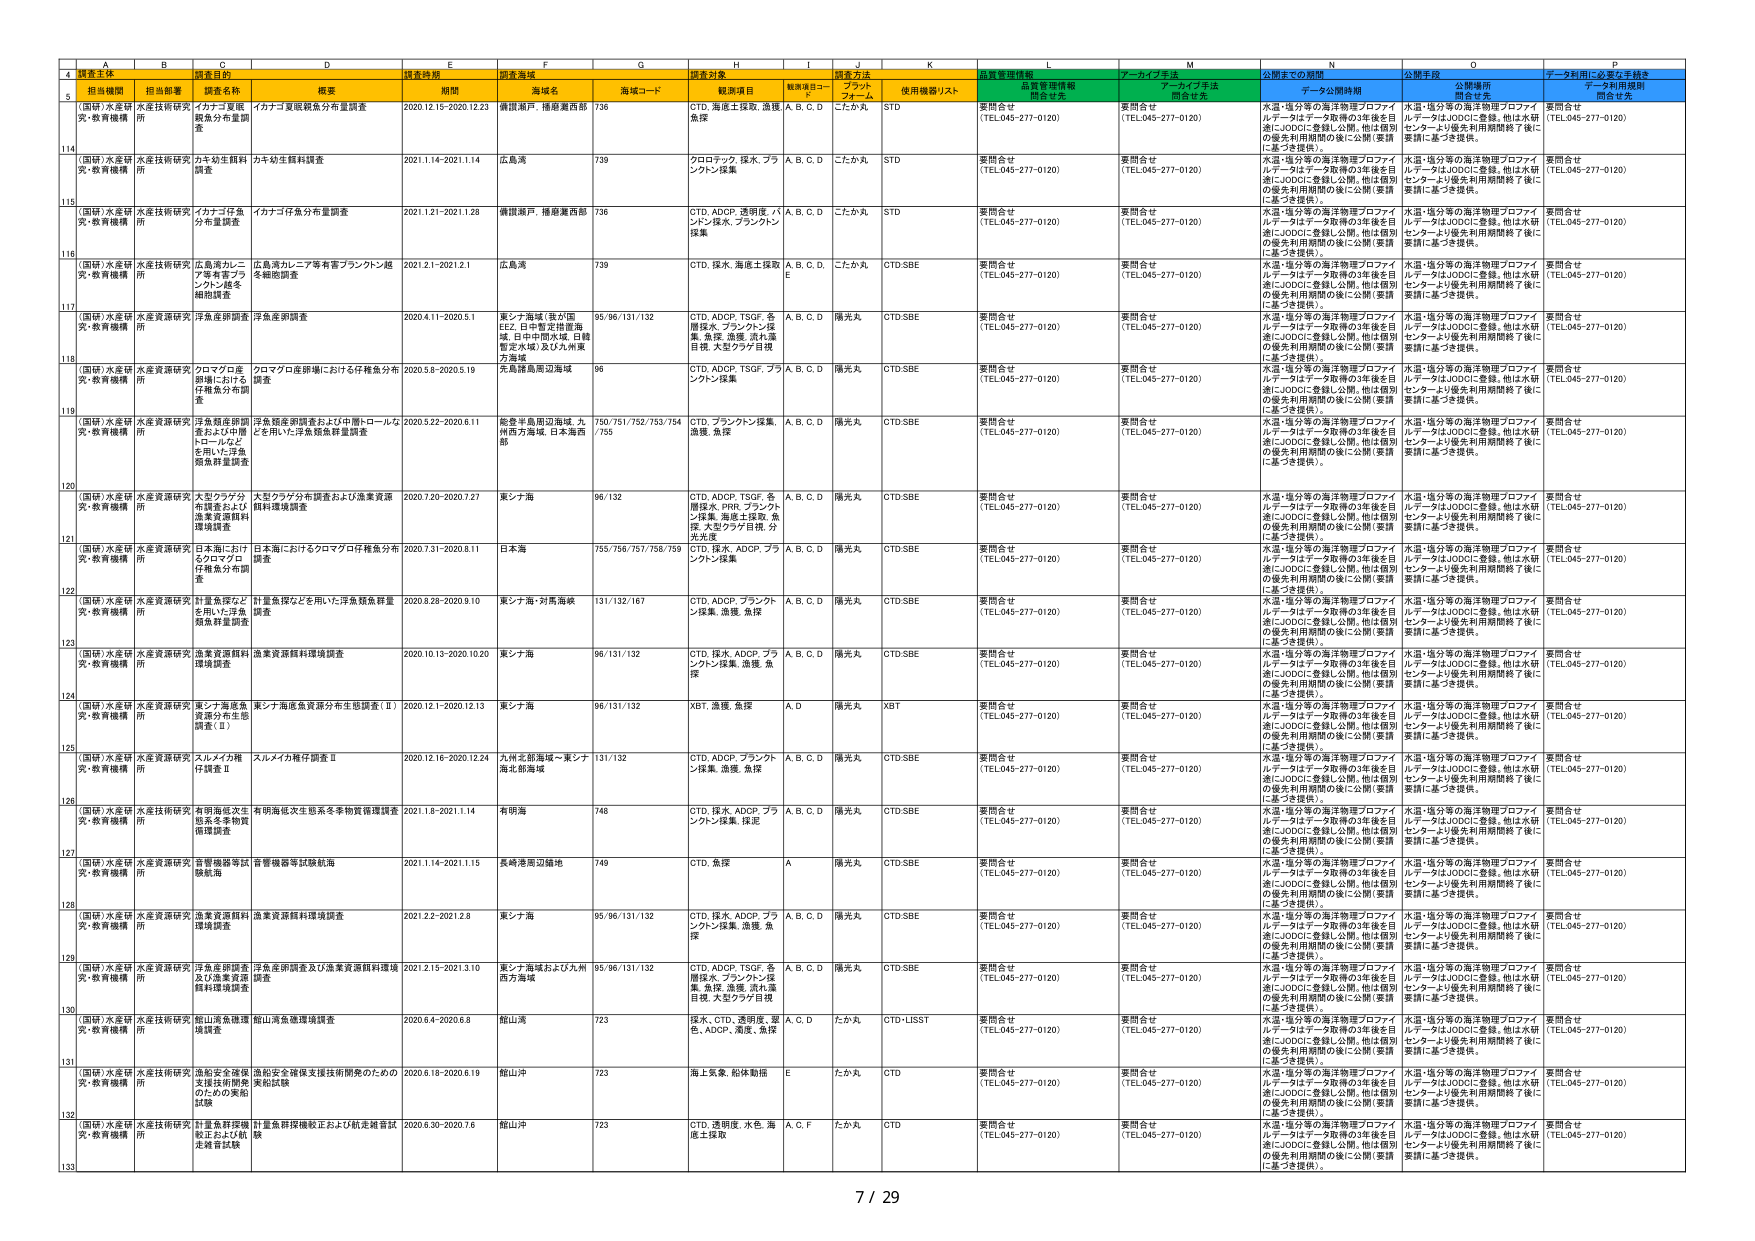
4 調査主体 調査主体 調査期間 調査海域 調査対象 調査方法 情報管理機関 アーカイブ手法 公開までの期間 公開手段 データ利用に必要な手続き
5 担当機関 担当部署 調査名称 概要 期間 海域名 海域コード 観測項目 観測項目コード プラットフォーム 使用機器/リスト 品質管理情報開示有無 アーカイブ手法開示有無 データ公開時期 公開場所開示有無 データ利用規程開示有無
114 （国研）水産研 究・教育機構 水産技術研究 所 イカナゴ資源 調査分布量調 査 イカナゴ資源調査分布量調査 2020.12.15-2020.12.23 沖縄瀬戸、種子島西部 736 CTD、海流土壌探、漁獲魚探 A、B、C、D こたか丸 STD 要問合せ （TEL.045-277-0120） 要問合せ （TEL.045-277-0120） 水温・塩分等の海洋物理プロファイ ルデータはデータ取得の3年後を目 指しJODCに登録し公開。他は個別 の優先利用期間の後に公開（要請 に基づき提供）。 水温・塩分等の海洋物理プロファイ ルデータはJODCに登録。他は水研 センターより優先利用期間終了後に 要請に基づき提供。 要問合せ （TEL.045-277-0120）
115 （国研）水産研 究・教育機構 水産技術研究 所 カナガワ生餌料 調査 カナガワ生餌料調査 2021.1.14-2021.1.14 広島湾 739 クロロマック、採木、プランクトン採集 A、B、C、D こたか丸 STD 要問合せ （TEL.045-277-0120） 要問合せ （TEL.045-277-0120） 水温・塩分等の海洋物理プロファイ ルデータはデータ取得の3年後を目 指しJODCに登録し公開。他は個別 の優先利用期間の後に公開（要請 に基づき提供）。 水温・塩分等の海洋物理プロファイ ルデータはJODCに登録。他は水研 センターより優先利用期間終了後に 要請に基づき提供。 要問合せ （TEL.045-277-0120）
116 （国研）水産研 究・教育機構 水産技術研究 所 イカナゴ仔魚 分布量調査 イカナゴ仔魚分布量調査 2021.1.21-2021.1.28 沖縄瀬戸、種子島西部 736 CTD、ADCP、透明度、バ ンク、採木、プランクトン 採集 A、B、C、D こたか丸 STD 要問合せ （TEL.045-277-0120） 要問合せ （TEL.045-277-0120） 水温・塩分等の海洋物理プロファイ ルデータはデータ取得の3年後を目 指しJODCに登録し公開。他は個別 の優先利用期間の後に公開（要請 に基づき提供）。 水温・塩分等の海洋物理プロファイ ルデータはJODCに登録。他は水研 センターより優先利用期間終了後に 要請に基づき提供。 要問合せ （TEL.045-277-0120）
117 （国研）水産研 究・教育機構 水産技術研究 所 広島湾カレニ ア等有害プラ ンクトン越冬 相関調査 広島湾カレニア等有害プランクトン越 冬相関調査 2021.2.1-2021.2.1 広島湾 739 CTD、採木、海流土壌探 A、B、C、D、E こたか丸 CTD-SBE 要問合せ （TEL.045-277-0120） 要問合せ （TEL.045-277-0120） 水温・塩分等の海洋物理プロファイ ルデータはデータ取得の3年後を目 指しJODCに登録し公開。他は個別 の優先利用期間の後に公開（要請 に基づき提供）。 水温・塩分等の海洋物理プロファイ ルデータはJODCに登録。他は水研 センターより優先利用期間終了後に 要請に基づき提供。 要問合せ （TEL.045-277-0120）
118 （国研）水産研 究・教育機構 水産技術研究 所 洋魚産卵調査 洋魚産卵調査 2020.4.11-2020.5.1 東シナ海域（我が国 EEZ、日本暫定措置海 域、日中中間水域、日韓 暫定水域）及び九州東 方海域 95/96/131/132 CTD、ADCP、TSGF、各 層採木、プランクトン採 集、魚探、漁獲、流れ塩 目視、大型ウツク目視 A、B、C、D 陽光丸 CTD-SBE 要問合せ （TEL.045-277-0120） 要問合せ （TEL.045-277-0120） 水温・塩分等の海洋物理プロファイ ルデータはデータ取得の3年後を目 指しJODCに登録し公開。他は個別 の優先利用期間の後に公開（要請 に基づき提供）。 水温・塩分等の海洋物理プロファイ ルデータはJODCに登録。他は水研 センターより優先利用期間終了後に 要請に基づき提供。 要問合せ （TEL.045-277-0120）
119 （国研）水産研 究・教育機構 水産技術研究 所 クロマグロ産 卵域における 仔魚集分布調 査 クロマグロ産卵域における仔魚集分布 調査 2020.5.8-2020.5.19 元島諸島周辺海域 96 CTD、ADCP、TSGF、プランクトン採集 A、B、C、D 陽光丸 CTD-SBE 要問合せ （TEL.045-277-0120） 要問合せ （TEL.045-277-0120） 水温・塩分等の海洋物理プロファイ ルデータはデータ取得の3年後を目 指しJODCに登録し公開。他は個別 の優先利用期間の後に公開（要請 に基づき提供）。 水温・塩分等の海洋物理プロファイ ルデータはJODCに登録。他は水研 センターより優先利用期間終了後に 要請に基づき提供。 要問合せ （TEL.045-277-0120）
120 （国研）水産研 究・教育機構 水産資源研究 所 洋魚類産卵調 査および中間 ロールなど を用いた洋魚 類魚群量調査 洋魚類産卵調査および中間ロールなど を用いた洋魚類魚群量調査 2020.5.22-2020.6.11 能登半島周辺海域、九 州西方海域、日本海西 部 750/751/752/753/754 /755 CTD、プランクトン採集、 漁獲、魚探 A、B、C、D 陽光丸 CTD-SBE 要問合せ （TEL.045-277-0120） 要問合せ （TEL.045-277-0120） 水温・塩分等の海洋物理プロファイ ルデータはデータ取得の3年後を目 指しJODCに登録し公開。他は個別 の優先利用期間の後に公開（要請 に基づき提供）。 水温・塩分等の海洋物理プロファイ ルデータはJODCに登録。他は水研 センターより優先利用期間終了後に 要請に基づき提供。 要問合せ （TEL.045-277-0120）
121 （国研）水産研 究・教育機構 水産資源研究 所 大型クラゲ分 布調査および 漁業資源餌料 環境調査 大型クラゲ分布調査および漁業資源 餌料環境調査 2020.7.20-2020.7.27 東シナ海 96/132 CTD、ADCP、TSGF、各 層採木、PRR、プランク トン採集、海流土壌探、魚 探、大型クラゲ目視、分 光光度 A、B、C、D 陽光丸 CTD-SBE 要問合せ （TEL.045-277-0120） 要問合せ （TEL.045-277-0120） 水温・塩分等の海洋物理プロファイ ルデータはデータ取得の3年後を目 指しJODCに登録し公開。他は個別 の優先利用期間の後に公開（要請 に基づき提供）。 水温・塩分等の海洋物理プロファイ ルデータはJODCに登録。他は水研 センターより優先利用期間終了後に 要請に基づき提供。 要問合せ （TEL.045-277-0120）
122 （国研）水産研 究・教育機構 水産資源研究 所 日本海における クロマグロ 仔魚集分布調 査 日本海におけるクロマグロ仔魚集分布 調査 2020.7.31-2020.8.11 日本海 755/756/757/758/759 CTD、採木、ADCP、プランクトン採集 A、B、C、D 陽光丸 CTD-SBE 要問合せ （TEL.045-277-0120） 要問合せ （TEL.045-277-0120） 水温・塩分等の海洋物理プロファイ ルデータはデータ取得の3年後を目 指しJODCに登録し公開。他は個別 の優先利用期間の後に公開（要請 に基づき提供）。 水温・塩分等の海洋物理プロファイ ルデータはJODCに登録。他は水研 センターより優先利用期間終了後に 要請に基づき提供。 要問合せ （TEL.045-277-0120）
123 （国研）水産研 究・教育機構 水産資源研究 所 計量魚探など を用いた洋魚 類魚群量調査 計量魚探などを用いた洋魚類魚群量 調査 2020.8.28-2020.9.10 東シナ海・対馬海峡 131/132/167 CTD、ADCP、プランクトン採集、漁獲、魚探 A、B、C、D 陽光丸 CTD-SBE 要問合せ （TEL.045-277-0120） 要問合せ （TEL.045-277-0120） 水温・塩分等の海洋物理プロファイ ルデータはデータ取得の3年後を目 指しJODCに登録し公開。他は個別 の優先利用期間の後に公開（要請 に基づき提供）。 水温・塩分等の海洋物理プロファイ ルデータはJODCに登録。他は水研 センターより優先利用期間終了後に 要請に基づき提供。 要問合せ （TEL.045-277-0120）
124 （国研）水産研 究・教育機構 水産資源研究 所 漁業資源餌料 環境調査 漁業資源餌料環境調査 2020.10.13-2020.10.20 東シナ海 96/131/132 CTD、採木、ADCP、プランクトン採集、漁獲、魚探 A、B、C、D 陽光丸 CTD-SBE 要問合せ （TEL.045-277-0120） 要問合せ （TEL.045-277-0120） 水温・塩分等の海洋物理プロファイ ルデータはデータ取得の3年後を目 指しJODCに登録し公開。他は個別 の優先利用期間の後に公開（要請 に基づき提供）。 水温・塩分等の海洋物理プロファイ ルデータはJODCに登録。他は水研 センターより優先利用期間終了後に 要請に基づき提供。 要問合せ （TEL.045-277-0120）
125 （国研）水産研 究・教育機構 水産資源研究 所 東シナ海産魚 資源分布生態 調査（Ⅱ） 東シナ海産魚資源分布生態調査（Ⅱ） 2020.12.1-2020.12.13 東シナ海 96/131/132 XBT、漁獲、魚探 A、D 陽光丸 XBT 要問合せ （TEL.045-277-0120） 要問合せ （TEL.045-277-0120） 水温・塩分等の海洋物理プロファイ ルデータはデータ取得の3年後を目 指しJODCに登録し公開。他は個別 の優先利用期間の後に公開（要請 に基づき提供）。 水温・塩分等の海洋物理プロファイ ルデータはJODCに登録。他は水研 センターより優先利用期間終了後に 要請に基づき提供。 要問合せ （TEL.045-277-0120）
126 （国研）水産研 究・教育機構 水産資源研究 所 スルメイカ稚 仔調査Ⅱ スルメイカ稚仔調査Ⅱ 2020.12.16-2020.12.24 九州北部海域～東シナ 海北部海域 131/132 CTD、ADCP、プランクトン採集、漁獲、魚探 A、B、C、D 陽光丸 CTD-SBE 要問合せ （TEL.045-277-0120） 要問合せ （TEL.045-277-0120） 水温・塩分等の海洋物理プロファイ ルデータはデータ取得の3年後を目 指しJODCに登録し公開。他は個別 の優先利用期間の後に公開（要請 に基づき提供）。 水温・塩分等の海洋物理プロファイ ルデータはJODCに登録。他は水研 センターより優先利用期間終了後に 要請に基づき提供。 要問合せ （TEL.045-277-0120）
127 （国研）水産研 究・教育機構 水産技術研究 所 有明海底次生 怒系冬季物質 循環調査 有明海底次生怒系冬季物質循環調査 2021.1.8-2021.1.14 有明海 748 CTD、採木、ADCP、プランクトン採集、採泥 A、B、C、D 陽光丸 CTD-SBE 要問合せ （TEL.045-277-0120） 要問合せ （TEL.045-277-0120） 水温・塩分等の海洋物理プロファイ ルデータはデータ取得の3年後を目 指しJODCに登録し公開。他は個別 の優先利用期間の後に公開（要請 に基づき提供）。 水温・塩分等の海洋物理プロファイ ルデータはJODCに登録。他は水研 センターより優先利用期間終了後に 要請に基づき提供。 要問合せ （TEL.045-277-0120）
128 （国研）水産研 究・教育機構 水産資源研究 所 音響機器等試 験航海 音響機器等試験航海 2021.1.14-2021.1.15 長崎港周辺海域 749 CTD、魚探 A 陽光丸 CTD-SBE 要問合せ （TEL.045-277-0120） 要問合せ （TEL.045-277-0120） 水温・塩分等の海洋物理プロファイ ルデータはデータ取得の3年後を目 指しJODCに登録し公開。他は個別 の優先利用期間の後に公開（要請 に基づき提供）。 水温・塩分等の海洋物理プロファイ ルデータはJODCに登録。他は水研 センターより優先利用期間終了後に 要請に基づき提供。 要問合せ （TEL.045-277-0120）
129 （国研）水産研 究・教育機構 水産資源研究 所 漁業資源餌料 環境調査 漁業資源餌料環境調査 2021.2.2-2021.2.8 東シナ海 95/96/131/132 CTD、採木、ADCP、プランクトン採集、漁獲、魚探 A、B、C、D 陽光丸 CTD-SBE 要問合せ （TEL.045-277-0120） 要問合せ （TEL.045-277-0120） 水温・塩分等の海洋物理プロファイ ルデータはデータ取得の3年後を目 指しJODCに登録し公開。他は個別 の優先利用期間の後に公開（要請 に基づき提供）。 水温・塩分等の海洋物理プロファイ ルデータはJODCに登録。他は水研 センターより優先利用期間終了後に 要請に基づき提供。 要問合せ （TEL.045-277-0120）
130 （国研）水産研 究・教育機構 水産資源研究 所 洋魚産卵調査 及び漁業資源 餌料環境調査 洋魚産卵調査及び漁業資源餌料環境 調査 2021.2.15-2021.3.10 東シナ海域および九州 西方海域 95/96/131/132 CTD、ADCP、TSGF、各 層採木、プランクトン採 集、魚探、漁獲、流れ塩 目視、大型ウツク目視 A、B、C、D 陽光丸 CTD-SBE 要問合せ （TEL.045-277-0120） 要問合せ （TEL.045-277-0120） 水温・塩分等の海洋物理プロファイ ルデータはデータ取得の3年後を目 指しJODCに登録し公開。他は個別 の優先利用期間の後に公開（要請 に基づき提供）。 水温・塩分等の海洋物理プロファイ ルデータはJODCに登録。他は水研 センターより優先利用期間終了後に 要請に基づき提供。 要問合せ （TEL.045-277-0120）
131 （国研）水産研 究・教育機構 水産技術研究 所 餌山湾魚種環 境調査 餌山湾魚種環境調査 2020.6.4-2020.6.8 餌山湾 723 採木、CTD、透明度、窒 素、ADCP、漁獲、魚探 A、C、D たか丸 CTD-LUSST 要問合せ （TEL.045-277-0120） 要問合せ （TEL.045-277-0120） 水温・塩分等の海洋物理プロファイ ルデータはデータ取得の3年後を目 指しJODCに登録し公開。他は個別 の優先利用期間の後に公開（要請 に基づき提供）。 水温・塩分等の海洋物理プロファイ ルデータはJODCに登録。他は水研 センターより優先利用期間終了後に 要請に基づき提供。 要問合せ （TEL.045-277-0120）
132 （国研）水産研 究・教育機構 水産技術研究 所 漁船安全確保 技術試験開発 のための実船 試験 漁船安全確保支援技術開発のための 実船試験 2020.6.18-2020.6.19 餌山洋 723 海上気象、船体動態 E たか丸 CTD 要問合せ （TEL.045-277-0120） 要問合せ （TEL.045-277-0120） 水温・塩分等の海洋物理プロファイ ルデータはデータ取得の3年後を目 指しJODCに登録し公開。他は個別 の優先利用期間の後に公開（要請 に基づき提供）。 水温・塩分等の海洋物理プロファイ ルデータはJODCに登録。他は水研 センターより優先利用期間終了後に 要請に基づき提供。 要問合せ （TEL.045-277-0120）
133 （国研）水産研 究・教育機構 水産技術研究 所 計量魚群探検 船およびA航 走測音試験 計量魚群探検船正および航走測音試 験 2020.6.30-2020.7.6 餌山洋 723 CTD、透明度、水色、海 底土採取 A、C、F たか丸 CTD 要問合せ （TEL.045-277-0120） 要問合せ （TEL.045-277-0120） 水温・塩分等の海洋物理プロファイ ルデータはデータ取得の3年後を目 指しJODCに登録し公開。他は個別 の優先利用期間の後に公開（要請 に基づき提供）。 水温・塩分等の海洋物理プロファイ ルデータはJODCに登録。他は水研 センターより優先利用期間終了後に 要請に基づき提供。 要問合せ （TEL.045-277-0120）
7 / 29